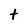
Character: t